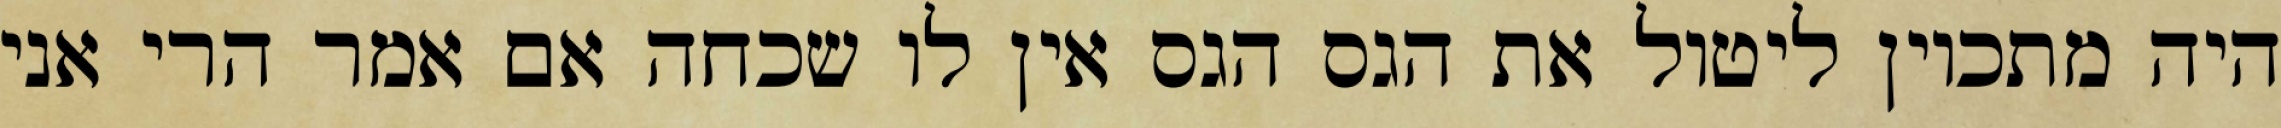
היה מתכוין ליטול את הגס הגס אין לו שכחה אם אמר הרי אני